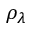
\rho _ { \lambda }